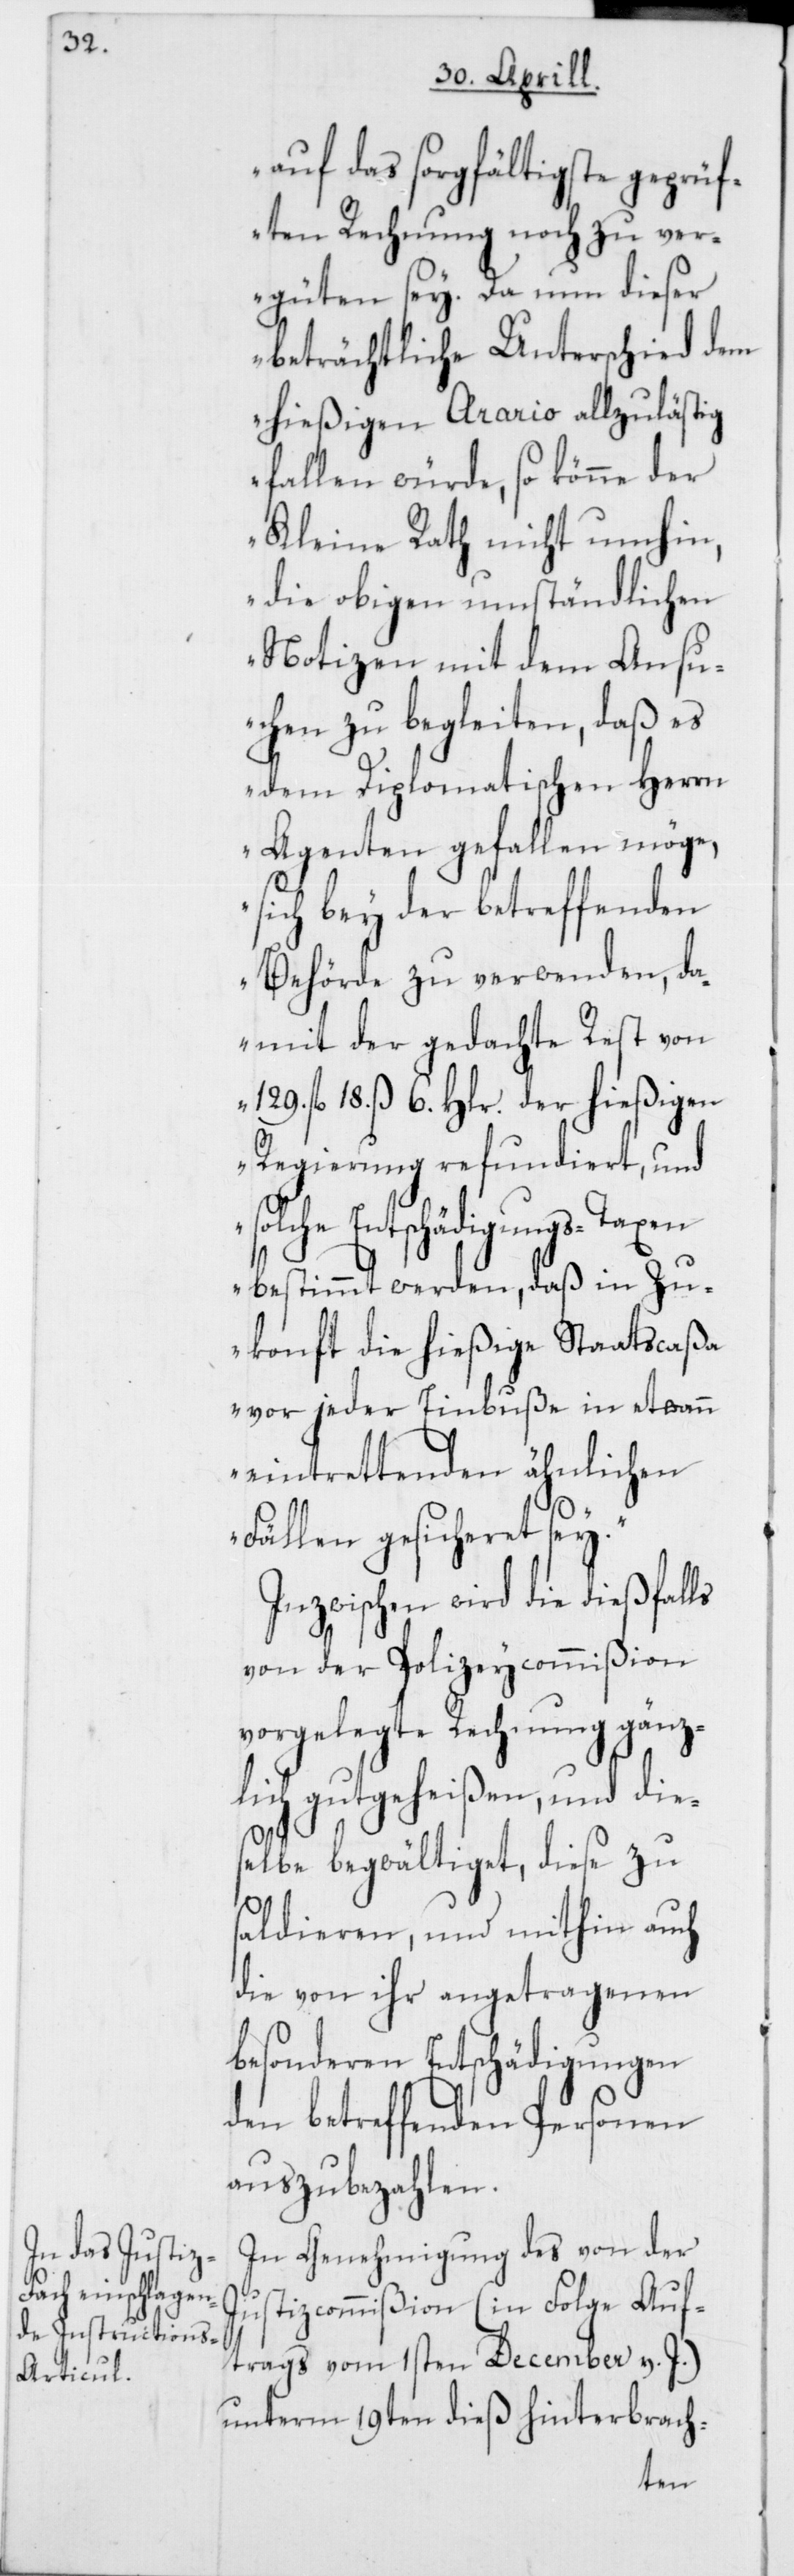
auf das sorgfältigste geprüf¬
ten Rechnung noch zu ver¬
güten sey. Da nun dieser
beträchtliche Unterschied dem
hießigen A[e]rario allzulästig
fallen würde, so könne der
Kleine Rath nicht umhin,
die obigen umständlichen
Notizen mit dem Ansu¬
chen zu begleiten, daß es
dem Diplomatischen Herrn
Agenten gefallen möge,
sich bey der betreffenden
Behörde zu verwenden, da¬
mit der gedachte Rest von
129. fl. 18. ß. 6. Hlr. der hießigen
Regierung refundiert, und
Entschädigungs-Taxen
bestimmt werden, daß in Zu¬
konft die hießige Staatscaßa
vor jeder Einbuße in etwann
eintrettenden ähnlichen
Fällen gesicheret sey.“
Inzwischen wird die dießfalls
von der Polizeycommißion
vorgelegte Rechnung gänz¬
lich gutgeheißen, und die¬
selbe begwältiget, diese zu
saldieren und mithin auch
die von ihr angetragenen
besonderen Entschädigungen
den betreffenden Personen
auszubezahlen.
In Genehmigung des von der
Justizcommißion (in Folge Auf¬
trags vom 1sten December v. J.)
unterm 19ten dieß hinterbrach-